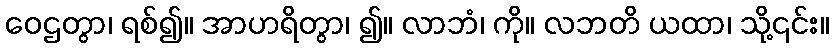
ဝေဌတွာ၊ ရစ်၍။ အာဟရိတွာ၊ ၍။ လာဘံ၊ ကို။ လဘတိ ယထာ၊ သို့၎င်း။